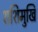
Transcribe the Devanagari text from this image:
शशिमुखि